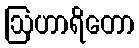
ဩဟာရိတော